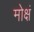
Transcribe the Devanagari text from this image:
मोक्षं